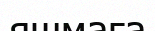
яшмаға